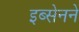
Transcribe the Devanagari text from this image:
इब्सेनने